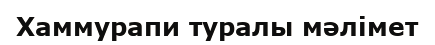
Хаммурапи туралы мəлімет